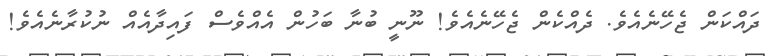
ދައްކަން ޖެހޭނެއެވެ. ދެއްކެން ޖެހޭނެއެވެ! ނޫނީ ބުނާ ބަހުން އެއްވެސް ފައިދާއެއް ނުކުރާނެއެވެ!